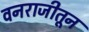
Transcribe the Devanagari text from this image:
वनराजीतून